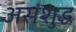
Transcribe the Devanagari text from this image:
असंशुद्ध